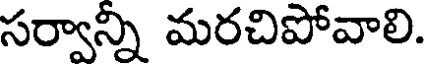
సర్వాన్ని మరచిపోవాలి.